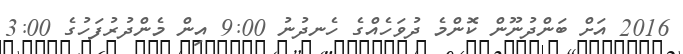
2016 އަށް ބަންދުނޫން ކޮންމެ ދުވަހެއްގެ ހެނދުނު 9:00 އިން މެންދުރުފަހުގެ 3:00